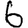
Digit: 6